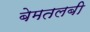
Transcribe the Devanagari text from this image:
बेमतलबी